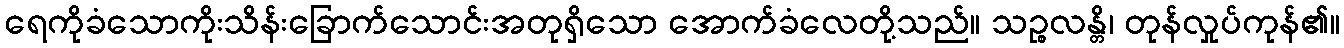
ရေကိုခံသောကိုးသိန်းခြောက်သောင်းအတုရှိသော အောက်ခံလေတို့သည်။ သဉ္စလန္တိ၊ တုန်လှုပ်ကုန်၏။